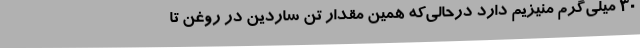
30 میلی‌گرم منیزیم دارد در‌حالی‌که همین مقدار تن ساردین در روغن تا